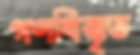
গণধিক্কৃত